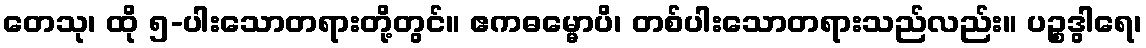
တေသု၊ ထို ၅-ပါးသောတရားတို့တွင်။ ဧကဓမ္မောပိ၊ တစ်ပါးသောတရားသည်လည်း။ ပဉ္စဒွါရေ၊